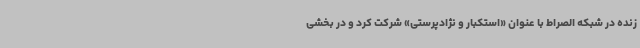
زنده در شبکه الصراط با عنوان «استکبار و نژادپرستی» شرکت کرد و در بخشی